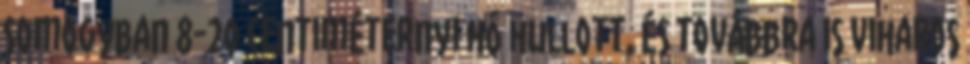
Somogyban 8-20 centiméternyi hó hullott, és továbbra is viharos